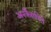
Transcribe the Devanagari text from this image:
अनकैसविले